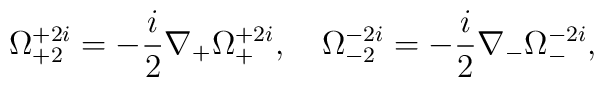
\Omega^{+2i}_{+2}=-\frac{i}{2}\nabla_+\Omega^{+2i}_+,\quad\Omega^{-2i}_{-2}=-\frac{i}{2}\nabla_-\Omega^{-2i}_-,